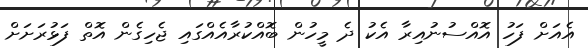
އެއަށް ފަހު އޮއްސުނުއިރާ އެކު ދެ މީހުން ބޮއްކުރާއެއްގައި ޖެހިގެން އޮތް ފަޅުރަށަށް